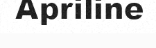
Apriline